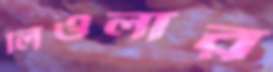
লিওলার